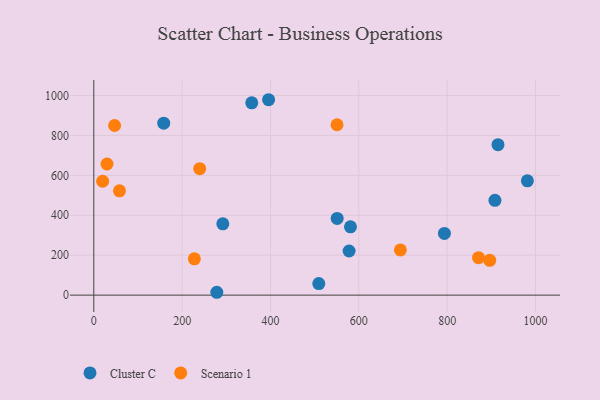
{"axis": {"x": "Ad Spend", "y": "Salary"}, "legend": ["Cluster C", "Scenario 1"], "data": [{"x": "292.1", "y": 356.9, "type": "Cluster C"}, {"x": "581.1", "y": 342.3, "type": "Cluster C"}, {"x": "158.3", "y": 861.0, "type": "Cluster C"}, {"x": "357.6", "y": 963.4, "type": "Cluster C"}, {"x": "509.4", "y": 58.0, "type": "Cluster C"}, {"x": "278.5", "y": 14.3, "type": "Cluster C"}, {"x": "908.2", "y": 475.0, "type": "Cluster C"}, {"x": "395.7", "y": 978.7, "type": "Cluster C"}, {"x": "551.0", "y": 384.3, "type": "Cluster C"}, {"x": "578.0", "y": 221.0, "type": "Cluster C"}, {"x": "793.8", "y": 309.2, "type": "Cluster C"}, {"x": "915.1", "y": 753.5, "type": "Cluster C"}, {"x": "981.6", "y": 572.5, "type": "Cluster C"}, {"x": "871.0", "y": 187.6, "type": "Scenario 1"}, {"x": "58.1", "y": 522.3, "type": "Scenario 1"}, {"x": "550.7", "y": 853.3, "type": "Scenario 1"}, {"x": "227.7", "y": 181.9, "type": "Scenario 1"}, {"x": "47.1", "y": 849.6, "type": "Scenario 1"}, {"x": "29.9", "y": 656.7, "type": "Scenario 1"}, {"x": "694.1", "y": 226.6, "type": "Scenario 1"}, {"x": "239.8", "y": 633.2, "type": "Scenario 1"}, {"x": "896.4", "y": 174.3, "type": "Scenario 1"}, {"x": "20.0", "y": 570.5, "type": "Scenario 1"}]}